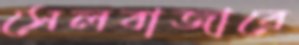
সেলবাজারে